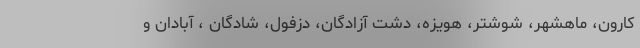
کارون، ماهشهر، شوشتر، هویزه، دشت آزادگان، دزفول، شادگان ، آبادان و